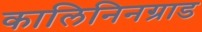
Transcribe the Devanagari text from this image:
कालिनिनग्राड